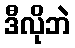
ဒီလိုဘဲ